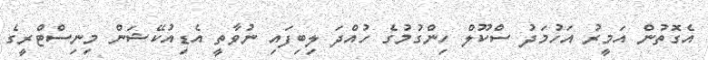
އެގޮތުން އަމީރު އަހުމަދު ސްކޫލް ހިންގުމުގެ ހުއްދަ ލިބިފައި ނުވާތީ އެޑިއުކޭޝަން މިނިސްޓްރީގެ